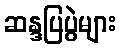
ဆန္ဒပြပွဲများ